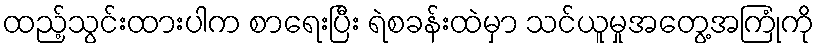
ထည့်သွင်းထားပါက စာရေးပြီး ရဲစခန်းထဲမှာ သင်ယူမှုအတွေ့အကြုံကို